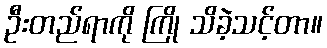
ဦးတည်ရာကို ကြို သိခဲ့သင့်တာ။